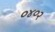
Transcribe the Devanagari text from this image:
०४०२